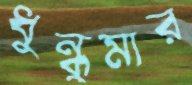
ধুন্ধুমার